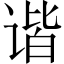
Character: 谐